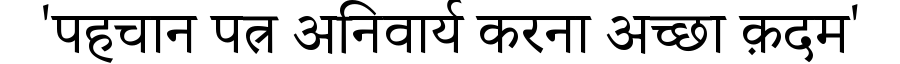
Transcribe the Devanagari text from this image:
'पहचान पत्र अनिवार्य करना अच्छा क़दम'